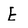
Character: E